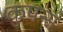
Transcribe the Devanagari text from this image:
कुपन्स